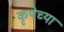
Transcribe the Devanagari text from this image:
कृपेच्या